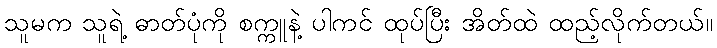
သူမက သူရဲ့ ဓာတ်ပုံကို စက္ကူနဲ့ ပါကင် ထုပ်ပြီး အိတ်ထဲ ထည့်လိုက်တယ်။